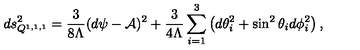
d s _ { Q ^ { 1 , 1 , 1 } } ^ { 2 } = \frac { 3 } { 8 \Lambda } ( d \psi - { \cal A } ) ^ { 2 } + \frac { 3 } { 4 \Lambda } \sum _ { i = 1 } ^ { 3 } \left( d \theta _ { i } ^ { 2 } + \sin ^ { 2 } \theta _ { i } d \phi _ { i } ^ { 2 } \right) ,